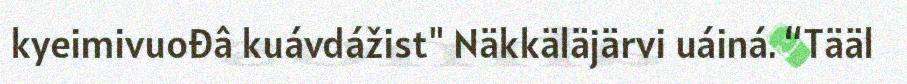
kyeimivuođâ kuávdážist" Näkkäläjärvi uáiná. “Tääl